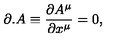
\partial . A \equiv \frac { \partial A ^ { \mu } } { \partial x ^ { \mu } } = 0 ,